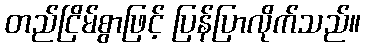
တည်ငြိမ်စွာဖြင့် ပြန်ပြာလိုက်သည်။